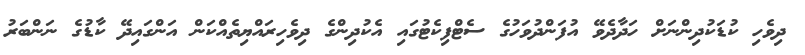
ދިވެހި ކުޑަކުދިންނަށް ހަދާދެވޭ އުފަންދުވަހުގެ ސެޓްފިކެޓުގައި އެކުދިންގެ ދިވެހިރައްޔިތެއްކަން އަންގައިދޭ ކާޑުގެ ނަންބަރު